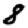
Digit: 8